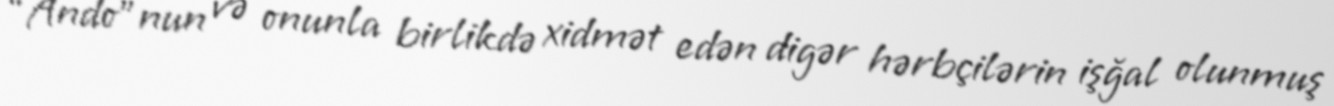
“Ando”nun və onunla birlikdə xidmət edən digər hərbçilərin işğal olunmuş